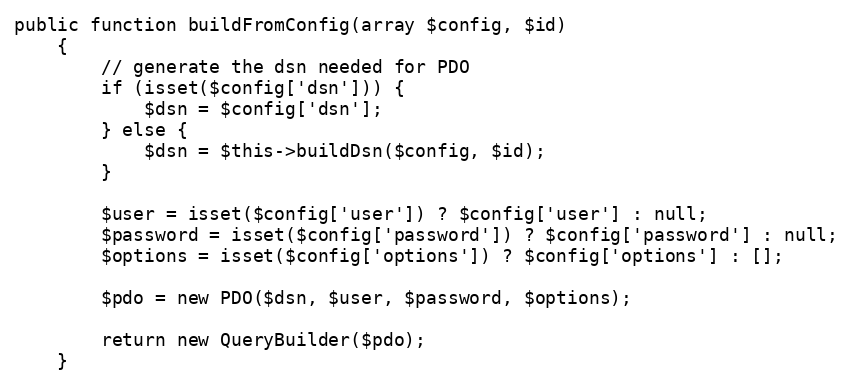
Language: PHP
public function buildFromConfig(array $config, $id)
    {
        // generate the dsn needed for PDO
        if (isset($config['dsn'])) {
            $dsn = $config['dsn'];
        } else {
            $dsn = $this->buildDsn($config, $id);
        }

        $user = isset($config['user']) ? $config['user'] : null;
        $password = isset($config['password']) ? $config['password'] : null;
        $options = isset($config['options']) ? $config['options'] : [];

        $pdo = new PDO($dsn, $user, $password, $options);

        return new QueryBuilder($pdo);
    }